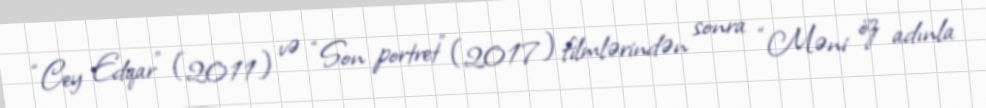
“Cey Edqar” (2011) və “Son portret” (2017) filmlərindən sonra “Məni öz adınla